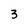
Character: 3